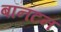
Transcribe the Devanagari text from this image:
बॉनटन